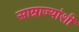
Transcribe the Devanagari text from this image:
साम्राज्यांशी